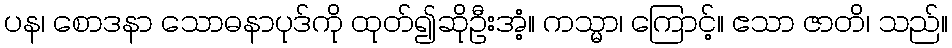
ပန၊ စောဒနာ သောဓနာပုဒ်ကို ထုတ်၍ဆိုဦးအံ့။ ကသ္မာ၊ ကြောင့်။ ဧသာ ဇာတိ၊ သည်။